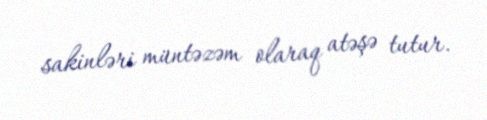
sakinləri müntəzəm olaraq atəşə tutur.